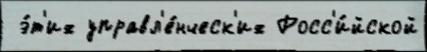
 э́т'их управл'е́нческ'их Росс'и́йской